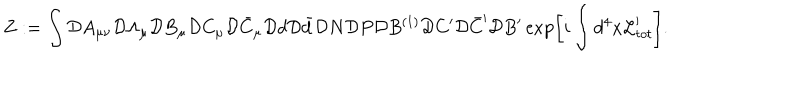
Z : = \int { \cal D } A _ { \mu \nu } { \cal D } \Lambda _ { \mu } { \cal D } B _ { \mu } { \cal D } C _ { \mu } { \cal D } \bar { C } _ { \mu } { \cal D } d { \cal D } \bar { d } { \cal D } N { \cal D } P { \cal D } B ^ { ( 1 ) } { \cal D } C ^ { \prime } { \cal D } \bar { C } ^ { \prime } { \cal D } B ^ { \prime } \exp \left[ i \int d ^ { 4 } x { \cal L } _ { t o t } ^ { \prime } \right] .